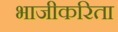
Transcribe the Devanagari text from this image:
भाजीकरिता